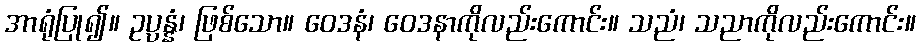
အာရုံပြု၍။ ဥပ္ပန္နံ၊ ဖြစ်သော။ ဝေဒနံ၊ ဝေဒနာကိုလည်းကောင်း။ သညံ၊ သညာကိုလည်းကောင်း။